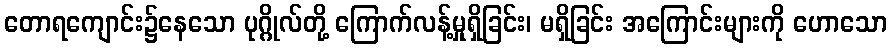
တောရကျောင်း၌နေသော ပုဂ္ဂိုလ်တို့ ကြောက်လန့်မှုရှိခြင်း၊ မရှိခြင်း အကြောင်းများကို ဟောသော